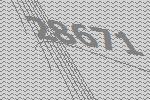
28671